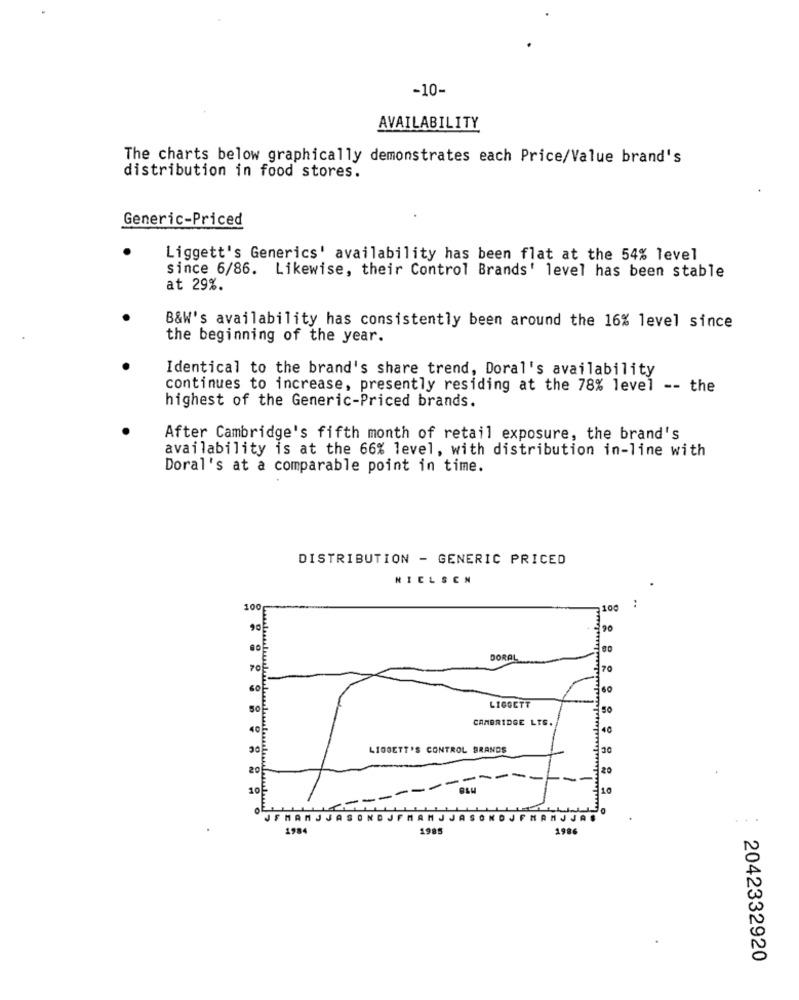
-10-
AVAILABILITY
The charts below graphically demonstrates each Price/Value brand's
distribution in food stores.
Generic-Priced
Liggett's Generics' availability has been flat at the 54% level
since 6/86. Likewise, their Control Brands' level has been stable
at 29%.
B&W's availability has consistently been around the 16% level since
the beginning of the year.
Identical to the brand's share trend, Doral's availability
continues to increase, presently residing at the 78% level -- the
highest of the Generic-Priced brands.
After Cambridge's fifth month of retail exposure, the brand's
availability is at the 66% level, with distribution in-line with
Doral's at a comparable point in time.
DISTRIBUTION - GENERIC PRICED
NIELSEN
100
100
..
90
DORAL
70
60
LIGGETT
So
CAMBRIDGE LTS.
40
40
LIGGETT'S CONTROL BRANDS
130
20
20
-
10
10
JFMAMJJASONDJFMAMJJAS
MAMJJAS
1984
1985
1986
2042332920